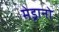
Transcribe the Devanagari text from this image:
मेड्रानो